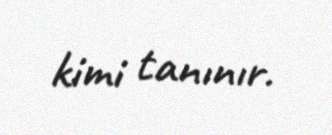
kimi tanınır.